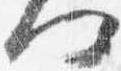
何